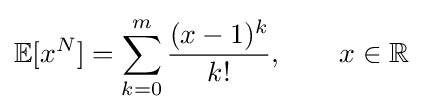
\mathbb {E} [x^{N}]=\sum _{k=0}^{m}{\frac {(x-1)^{k}}{k!}},\qquad x\in \mathbb {R}